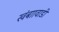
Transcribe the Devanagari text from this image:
खंबाावाडी